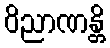
ဝိညာဏန္တိ